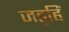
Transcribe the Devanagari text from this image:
जड॒हिं